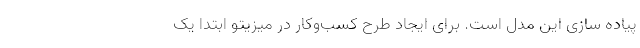
پیاده سازی این مدل است. برای ایجاد طرح کسب‌وکار در میزیتو ابتدا یک